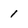
Character: 1